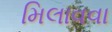
મિલાવવા